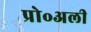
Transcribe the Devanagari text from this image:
प्रो॰अली